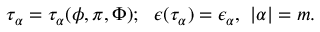
\tau _ { \alpha } = \tau _ { \alpha } ( \phi , \pi , \Phi ) ; ~ ~ \epsilon ( \tau _ { \alpha } ) = \epsilon _ { \alpha } , { } ~ | \alpha | = m .